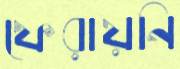
ফেরায়নি